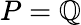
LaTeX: P=\mathbb{Q}